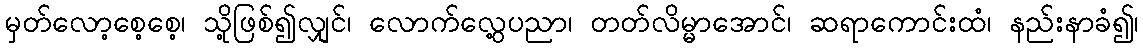
မှတ်လော့စေ့စေ့၊ သို့ဖြစ်၍လျှင်၊ လောက်လွေ့ပညာ၊ တတ်လိမ္မာအောင်၊ ဆရာကောင်းထံ၊ နည်းနာခံ၍၊